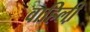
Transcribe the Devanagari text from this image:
वाहिली़